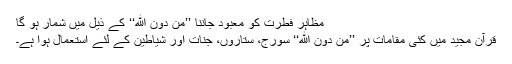
مظاہرِ فطرت کو معبود جاننا ’’مِنْ دُوْنِ اللهِ‘‘ کے ذیل میں شمار ہو گا
قرآن مجید میں کئی مقامات پر ’’مِنْ دُوْنِ اللهِ‘‘ سورج، ستاروں، جنات اور شیاطین کے لئے استعمال ہوا ہے۔